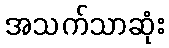
အသက်သာဆုံး